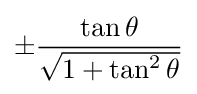
\pm {\frac {\tan \theta }{\sqrt {1+\tan ^{2}\theta }}}